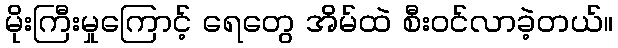
မိုးကြီးမှုကြောင့် ရေတွေ အိမ်ထဲ စီးဝင်လာခဲ့တယ်။